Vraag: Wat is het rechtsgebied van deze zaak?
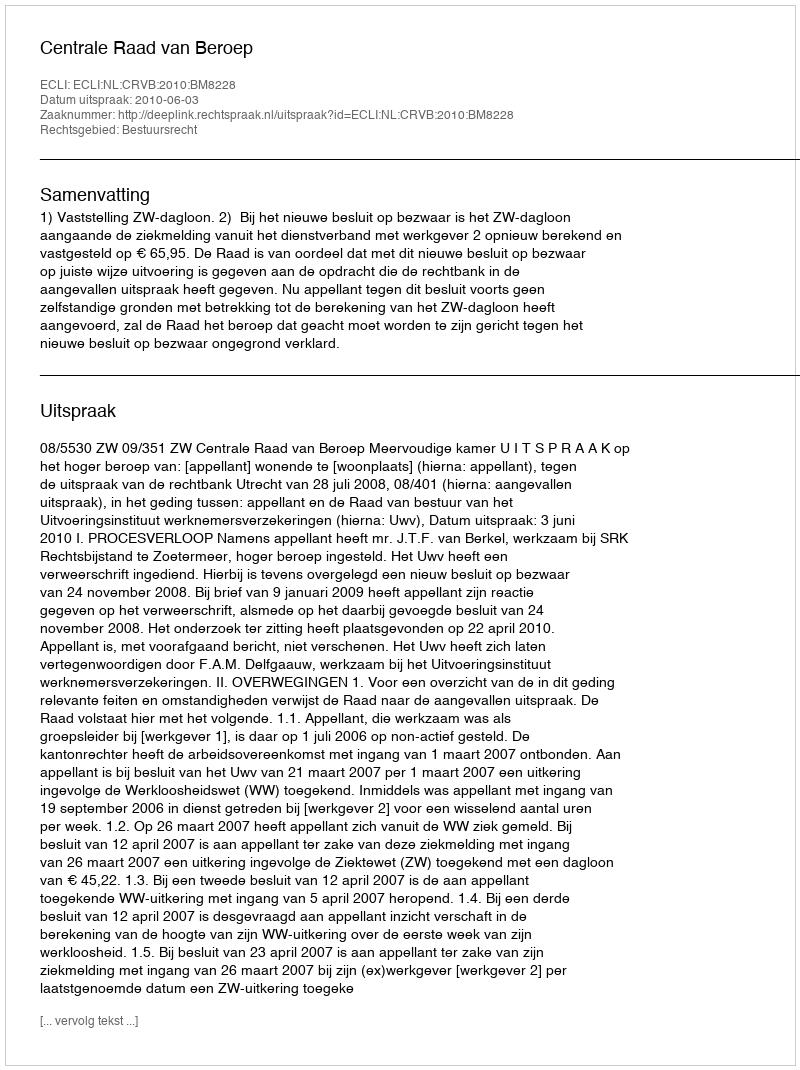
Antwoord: Bestuursrecht